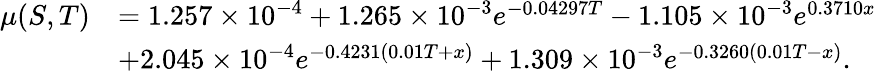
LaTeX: \begin{array}{rl}{\mu(S,T)}&{=1.257\times 10^{-4}+1.265\times 10^{-3}e^{-0.04297T}-1.105\times 10^{-3}e^{0.3710x}}\\ &{+2.045\times 10^{-4}e^{-0.4231(0.01T+x)}+1.309\times 10^{-3}e^{-0.3260(0.01T-x)}.}\end{array}